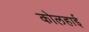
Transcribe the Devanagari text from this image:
कोलहाई